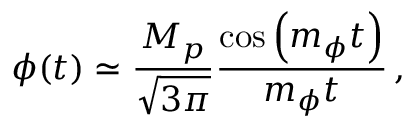
\phi ( t ) \simeq \frac { M _ { p } } { \sqrt { 3 \pi } } \frac { \cos \left( m _ { \phi } t \right) } { m _ { \phi } t } \, ,